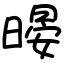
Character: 暥